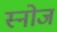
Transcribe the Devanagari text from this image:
स्नोज